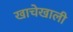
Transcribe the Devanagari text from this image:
खाचेखाली